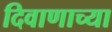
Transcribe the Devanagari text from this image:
दिवाणाच्या